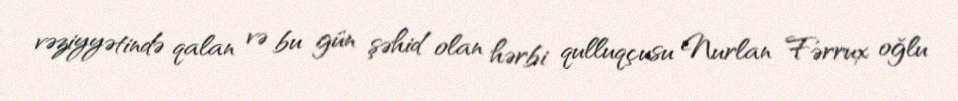
vəziyyətində qalan və bu gün şəhid olan hərbi qulluqçusu Nurlan Fərrux oğlu